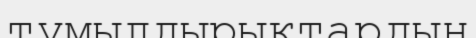
тұмылдырықтардың